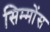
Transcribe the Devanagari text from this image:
सिम्मोंस